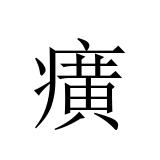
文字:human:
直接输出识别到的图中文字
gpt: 癀